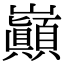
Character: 巓